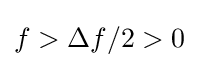
f>\Delta f/2>0